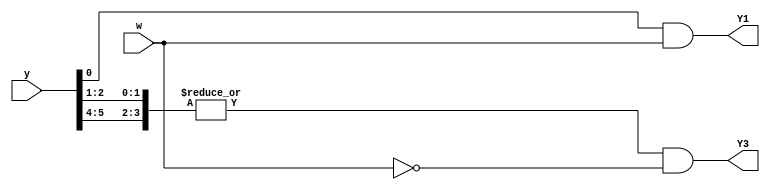
//2023_7_9 kerong
//One-hot FSM equations
module top_module (
    input [5:0] y,
    input w,
    output Y1,
    output Y3
);
    assign Y1 = y[0] & w;
    assign Y3 = |{y[1], y[2], y[4], y[5]} & ~w;
endmodule